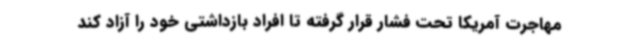
مهاجرت آمریکا تحت فشار قرار گرفته تا افراد بازداشتی خود را آزاد کند